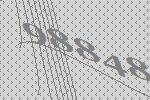
98848